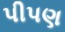
પીપણ